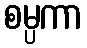
စမ္ပကာ